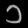
Digit: ၁